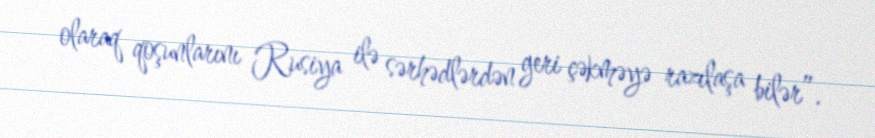
olaraq qoşunlarını Rusiya ilə sərhədlərdən geri çəkməyə razılaşa bilər”.